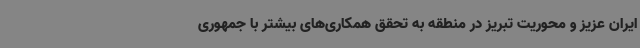
ایران عزیز و محوریت تبریز در منطقه به تحقق همکاری‌های بیشتر با جمهوری